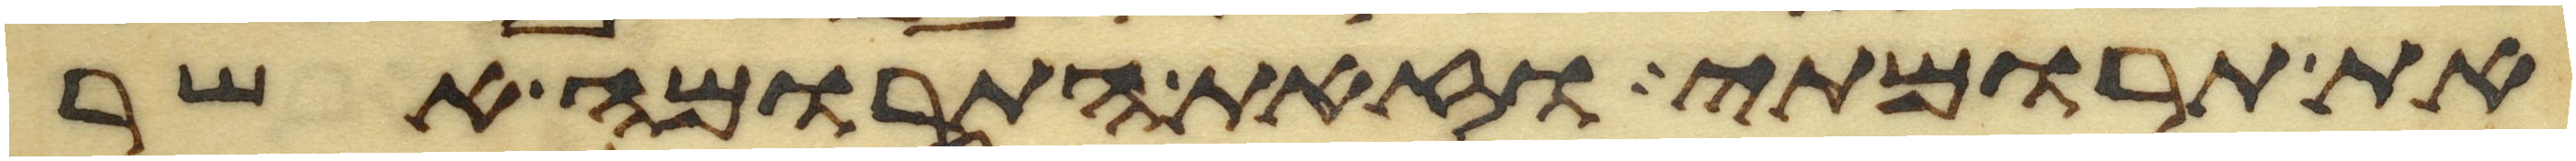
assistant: את תרומתי וזאת התרומה אשר